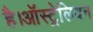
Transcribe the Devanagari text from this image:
है।ऑस्ट्रेलियन